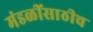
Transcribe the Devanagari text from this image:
मंडळींसाठीच